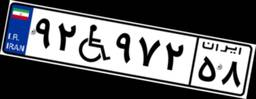
۹۲W۹۷۲۵۸